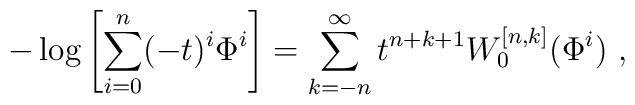
-\log\left[\sum_{i=0}^{n}(-t)^i\Phi^i\right]=\sum_{k=-n}^{\infty}t^{n+k+1}W_0^{[n,k]}(\Phi^i)~,